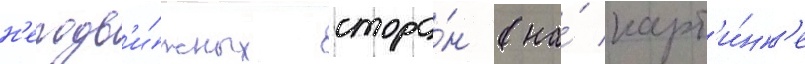
н'еподв'и́жных сторо́н (на́ карт'и́нк'е